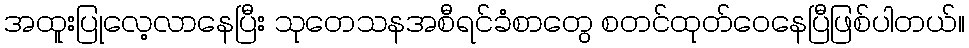
အထူးပြုလေ့လာနေပြီး သုတေသနအစီရင်ခံစာတွေ စတင်ထုတ်ဝေနေပြီဖြစ်ပါတယ်။